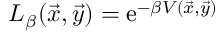
L _ { \beta } ( \vec { x } , \vec { y } ) = \mathrm { e } ^ { - \beta V ( \vec { x } , \vec { y } ) }